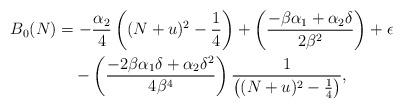
LaTeX: \begin{align*} B_0(N) &=-\frac{\alpha_{2}}{4} \left((N+u)^{2}-\frac{1}{4}\right)+\left(\frac{-\beta \alpha_{1}+ \alpha_{2}\delta}{2\beta^{2}}\right) + \epsilon \\ & \quad{} -\left(\frac{-2\beta \alpha_{1} \delta +\alpha_{2} \delta^{2}}{4\beta^{4}}\right) \frac{1}{\left((N+u)^{2}-\frac{1}{4}\right)},\end{align*}